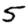
Digit: 5